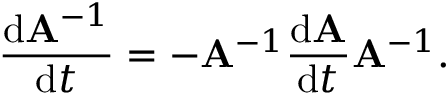
{ \frac { \mathrm { d } \mathbf { A } ^ { - 1 } } { \mathrm { d } t } } = - \mathbf { A } ^ { - 1 } { \frac { \mathrm { d } \mathbf { A } } { \mathrm { d } t } } \mathbf { A } ^ { - 1 } .